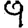
Digit: 9